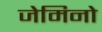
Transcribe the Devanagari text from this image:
जेमिनो